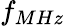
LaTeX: f_{MHz}